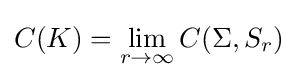
C(K)=\lim _{r\to \infty }C(\Sigma ,S_{r})